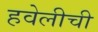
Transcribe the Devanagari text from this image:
हवेलीची